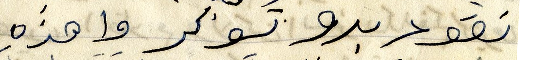
نقود بدو تسوكر واهذه